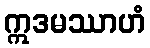
ဣဒမဿာဟံ